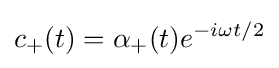
c_{+}(t)=\alpha _{+}(t)e^{-i\omega t/2}